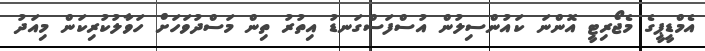
އެމްޑީޕީގެ މެޖޯރިޓީ އޮންނަ ކައުންސިލުން އުސްފަސްގަނޑު އިތުރު ތިން މަސްދުވަހަށް ހަވާލުކުރިކަން މިއަދު